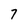
Character: 7